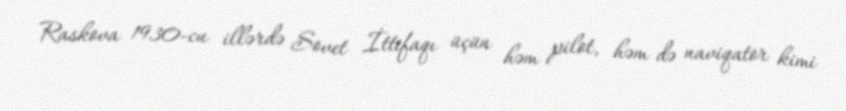
Raskova 1930-cu illərdə Sovet İttifaqı üçün həm pilot, həm də naviqator kimi